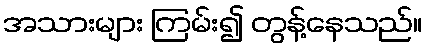
အသားများ ကြမ်း၍ တွန့်နေသည်။